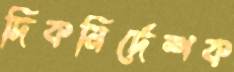
দিকনির্দেশক